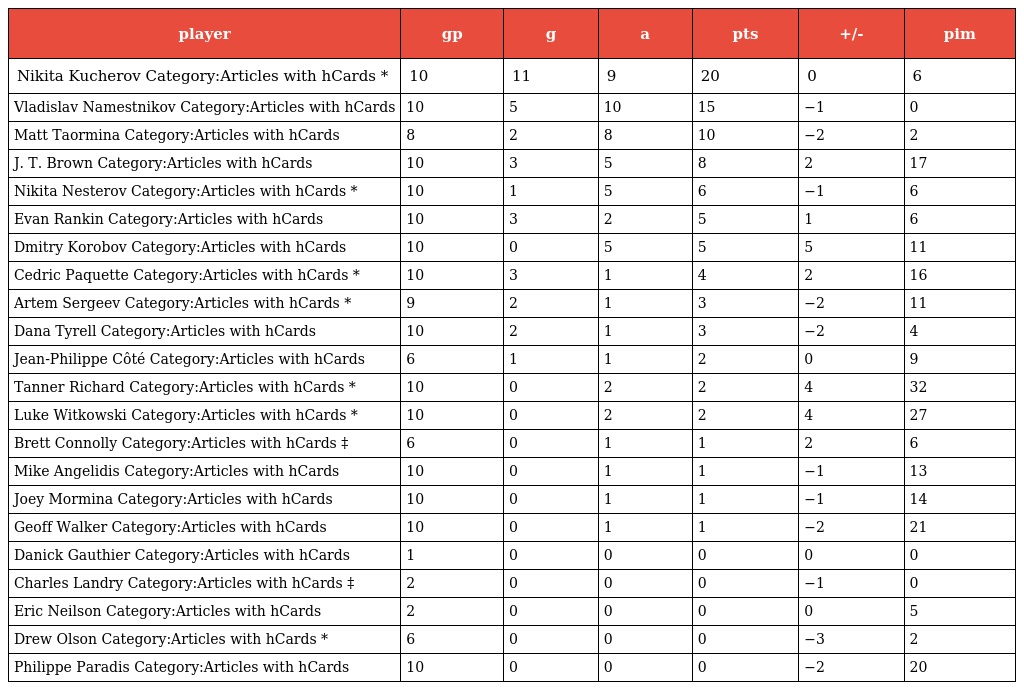
| player | gp | g | a | pts | +/- | pim |
 | --- | --- | --- | --- | --- | --- | --- |
 | Nikita Kucherov Category:Articles with hCards * | 10 | 11 | 9 | 20 | 0 | 6 |
 | Vladislav Namestnikov Category:Articles with hCards | 10 | 5 | 10 | 15 | −1 | 0 |
 | Matt Taormina Category:Articles with hCards | 8 | 2 | 8 | 10 | −2 | 2 |
 | J. T. Brown Category:Articles with hCards | 10 | 3 | 5 | 8 | 2 | 17 |
 | Nikita Nesterov Category:Articles with hCards * | 10 | 1 | 5 | 6 | −1 | 6 |
 | Evan Rankin Category:Articles with hCards | 10 | 3 | 2 | 5 | 1 | 6 |
 | Dmitry Korobov Category:Articles with hCards | 10 | 0 | 5 | 5 | 5 | 11 |
 | Cedric Paquette Category:Articles with hCards * | 10 | 3 | 1 | 4 | 2 | 16 |
 | Artem Sergeev Category:Articles with hCards * | 9 | 2 | 1 | 3 | −2 | 11 |
 | Dana Tyrell Category:Articles with hCards | 10 | 2 | 1 | 3 | −2 | 4 |
 | Jean-Philippe Côté Category:Articles with hCards | 6 | 1 | 1 | 2 | 0 | 9 |
 | Tanner Richard Category:Articles with hCards * | 10 | 0 | 2 | 2 | 4 | 32 |
 | Luke Witkowski Category:Articles with hCards * | 10 | 0 | 2 | 2 | 4 | 27 |
 | Brett Connolly Category:Articles with hCards ‡ | 6 | 0 | 1 | 1 | 2 | 6 |
 | Mike Angelidis Category:Articles with hCards | 10 | 0 | 1 | 1 | −1 | 13 |
 | Joey Mormina Category:Articles with hCards | 10 | 0 | 1 | 1 | −1 | 14 |
 | Geoff Walker Category:Articles with hCards | 10 | 0 | 1 | 1 | −2 | 21 |
 | Danick Gauthier Category:Articles with hCards | 1 | 0 | 0 | 0 | 0 | 0 |
 | Charles Landry Category:Articles with hCards ‡ | 2 | 0 | 0 | 0 | −1 | 0 |
 | Eric Neilson Category:Articles with hCards | 2 | 0 | 0 | 0 | 0 | 5 |
 | Drew Olson Category:Articles with hCards * | 6 | 0 | 0 | 0 | −3 | 2 |
 | Philippe Paradis Category:Articles with hCards | 10 | 0 | 0 | 0 | −2 | 20 |